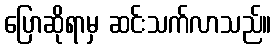
ပြောဆိုရာမှ ဆင်းသက်လာသည်။